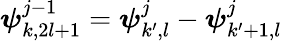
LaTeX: \boldsymbol{\psi}_{k,2l+1}^{j-1}=\boldsymbol{\psi}_{k^{\prime},l}^{j}-\boldsymbol{\psi}_{k^{\prime}+1,l}^{j}